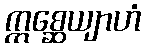
ဣစ္ဆေယျာဟံ